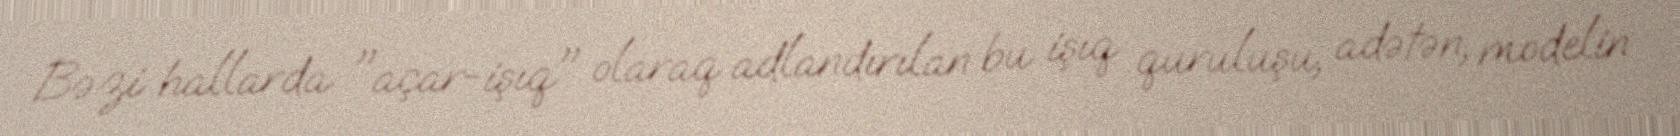
Bəzi hallarda "açar-işıq" olaraq adlandırılan bu işıq quruluşu, adətən, modelin